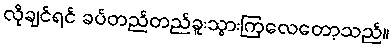
လိုချင်ရင် ခပ်တည်တည်ခူးသွားကြလေတော့သည်။